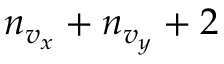
n _ { v _ { x } } + n _ { v _ { y } } + 2